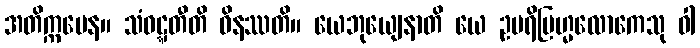
အတိက္ကမေန။ သံဝဋ္ဋတီတိ ဝိနဿတိ။ ယေဘုယျေနာတိ ယေ ဥပရိဗြဟ္မလောကေသု ဝါ